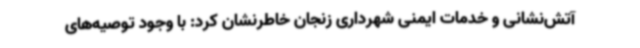
آتش‌نشانی و خدمات ایمنی شهرداری زنجان خاطرنشان کرد: با وجود توصیه‌های